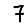
Digit: 7